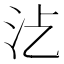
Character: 𣲁